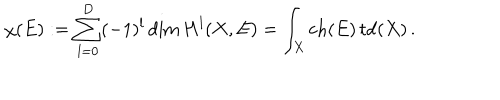
LaTeX: \chi ( E ) : = \sum _ { l = 0 } ^ { D } ( - 1 ) ^ { l } \dim { H } ^ { l } ( X , E ) = \int _ { X } \mathop { \mathrm { c h } } ( E ) \mathop { \mathrm { t d } } ( X ) \, .